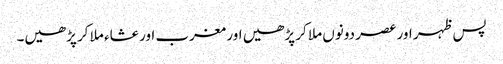
پس ظہر اور عصر دونوں ملا کر پڑھیں اور مغرب اور عشاء ملا کر پڑھیں۔